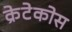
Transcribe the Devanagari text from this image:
क्रेटेकोस